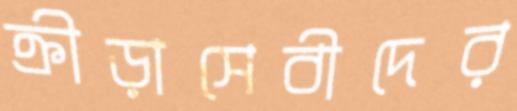
ক্রীড়াসেবীদের